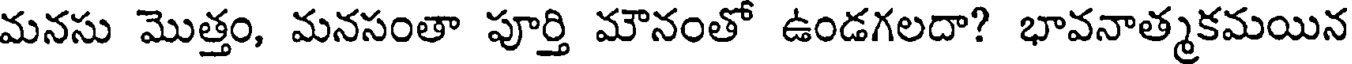
మనసు మొత్తం, మనసంతా పూర్తి మౌనంతో ఉండగలదా? భావనాత్మకమయిన